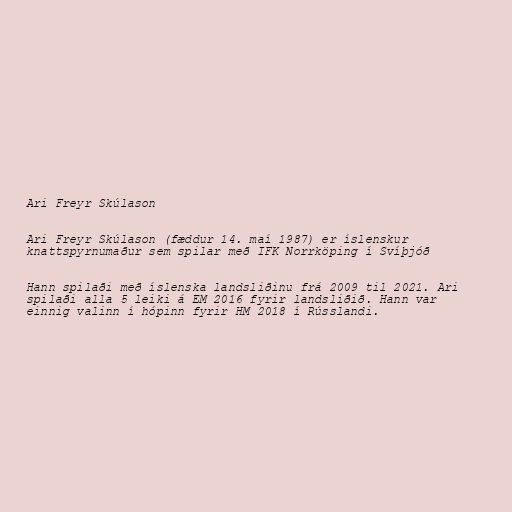
Ari Freyr Skúlason

Ari Freyr Skúlason (fæddur 14. maí 1987) er íslenskur
knattspyrnumaður sem spilar með IFK Norrköping í Svíþjóð

Hann spilaði með íslenska landsliðinu frá 2009 til 2021. Ari
spilaði alla 5 leiki á EM 2016 fyrir landsliðið. Hann var
einnig valinn í hópinn fyrir HM 2018 í Rússlandi.